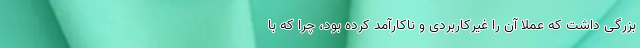
بزرگی داشت که عملا آن را غیرکاربردی و ناکارآمد کرده بود، چرا که با